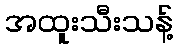
အထူးသီးသန့်